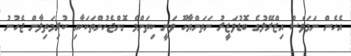
އެހެން ނަމަވެސް އިޒްރޭލުގެ ބޮޑުވަޒީރު ނަތަންޔާހޫ ވަނީ ކިތަންމެ ގޮންޖެހުންތަކަކާއި ކުރިމަތިލާން ޖެހުނު